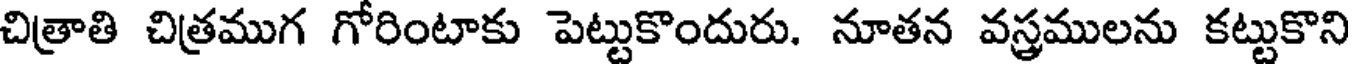
చిత్రాతి చిత్రముగ గోరింటాకు పెట్టుకొందురు. నూతన వస్త్రములను కట్టుకొని